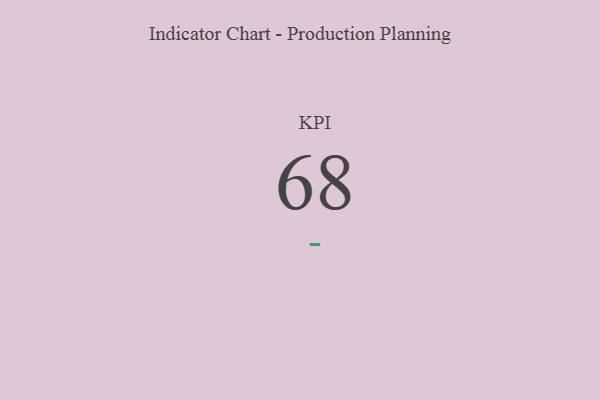
{"axis": {"x": "KPI", "y": "Value"}, "legend": [""], "data": [{"x": "KPI", "y": 68, "type": ""}]}